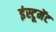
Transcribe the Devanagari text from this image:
इंस्टूमेंट